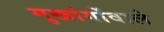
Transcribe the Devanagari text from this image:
मुखांगोंवाले